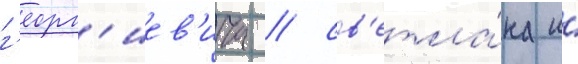
г'еорг'иев'ича / св'етла́на и́